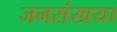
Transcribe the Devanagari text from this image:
जनसंखया